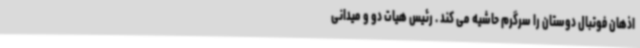
اذهان فوتبال دوستان را سرگرم حاشیه می کند . رئیس هیات دو و میدانی